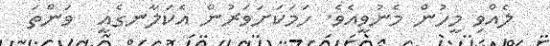
ލެއްވި މީހުން މެނުވީއެވެ. ހަމަކަށަވަރުން އެކަލާނގެއީ  ވަންތަ